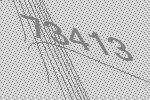
73413